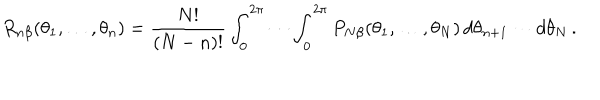
LaTeX: R _ { n \beta } ( \theta _ { 1 } , \ldots , \theta _ { n } ) = { \frac { N ! } { ( N - n ) ! } } \int _ { 0 } ^ { 2 \pi } \cdots \int _ { 0 } ^ { 2 \pi } P _ { N \beta } ( \theta _ { 1 } , \ldots , \theta _ { N } ) \, d \theta _ { n + 1 } \cdots d \theta _ { N } \, .